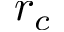
r _ { c }